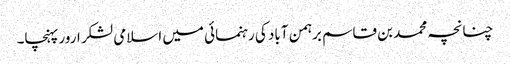
چنانچہ محمد بن قاسم برہمن آباد کی رہنمائی میں اسلامی لشکر ارور پہنچا۔